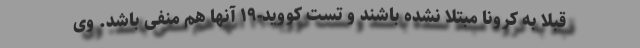
قبلا به کرونا مبتلا نشده باشند و تست کووید-۱۹ آنها هم منفی باشد. وی